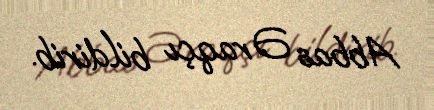
Abbas Əraqçı bildirib.